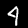
Label: 4